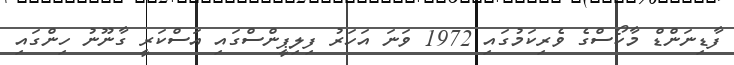
ފާޑިނަންޑް މާކޯސްގެ ވެރިކަމުގައި 1972 ވަނަ އަހަރު ފިލިޕީންސްގައި އަސްކަރީ ގާނޫނު ހިންގައި